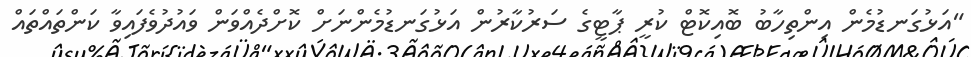
"އަޅުގަނޑުމެން އިންތިހާބު ބޮއިކޮޓް ކުރީ ޕާޓީގެ ސަރުކާރުން އަޅުގަނޑުމެންނަށް ކޮށްދެއްވަން ވައުދުވެފައިވާ ކަންތައްތައް